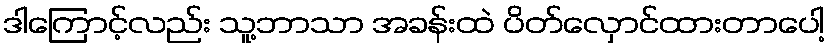
ဒါကြောင့်လည်း သူ့ဘာသာ အခန်းထဲ ပိတ်လှောင်ထားတာပေါ့